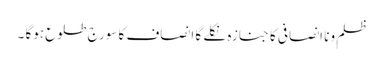
ظلم ونا انصافی کا جنازہ نکلے گا انصاف کا سورج طلوع ہوگا ۔